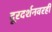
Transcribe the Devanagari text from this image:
दूरदर्शनवरही